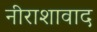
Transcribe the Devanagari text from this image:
नीराशावाद